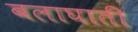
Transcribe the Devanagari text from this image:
बलाघाती